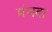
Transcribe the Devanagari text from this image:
मंचदा